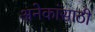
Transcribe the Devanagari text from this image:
अनेकांसाठी